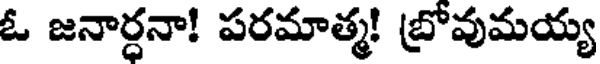
ఓ జనార్ధనా! పరమాత్మ! బ్రోవుమయ్య